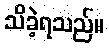
သိခဲ့ရသည်။